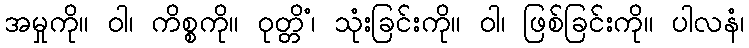
အမှုကို။ ဝါ၊ ကိစ္စကို။ ဝုတ္တိံ၊ သုံးခြင်းကို။ ဝါ၊ ဖြစ်ခြင်းကို။ ပါလနံ၊